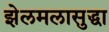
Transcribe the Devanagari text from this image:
झेलमलासुद्धा